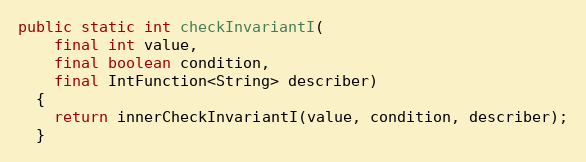
Language: Java
public static int checkInvariantI(
    final int value,
    final boolean condition,
    final IntFunction<String> describer)
  {
    return innerCheckInvariantI(value, condition, describer);
  }